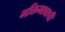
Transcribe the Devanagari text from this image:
भक्तिभावाची